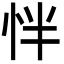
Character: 怑